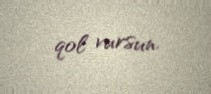
qol vursun.